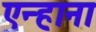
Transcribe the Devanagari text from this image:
एन्हाना